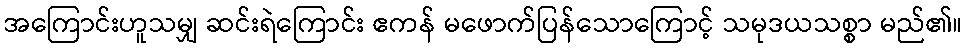
အကြောင်းဟူသမျှ ဆင်းရဲကြောင်း ဧကန် မဖောက်ပြန်သောကြောင့် သမုဒယသစ္စာ မည်၏။